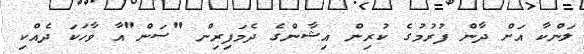
ލަންކާ އަށް ދާން ފުރުމުގެ ކުރިން އިޝާންގެ ދެމަފިރިން "ސަން"އާ ވާހަކަ ދެއްކި